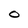
Character: O